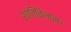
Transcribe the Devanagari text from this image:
शांतिविलास।